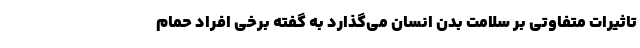
تاثیرات متفاوتی بر سلامت بدن انسان می‌گذارد به گفته برخی افراد حمام